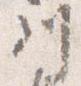
川